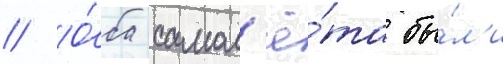
// О́ба самол'ё́та бы́л'и